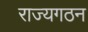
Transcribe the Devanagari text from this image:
राज्यगठन